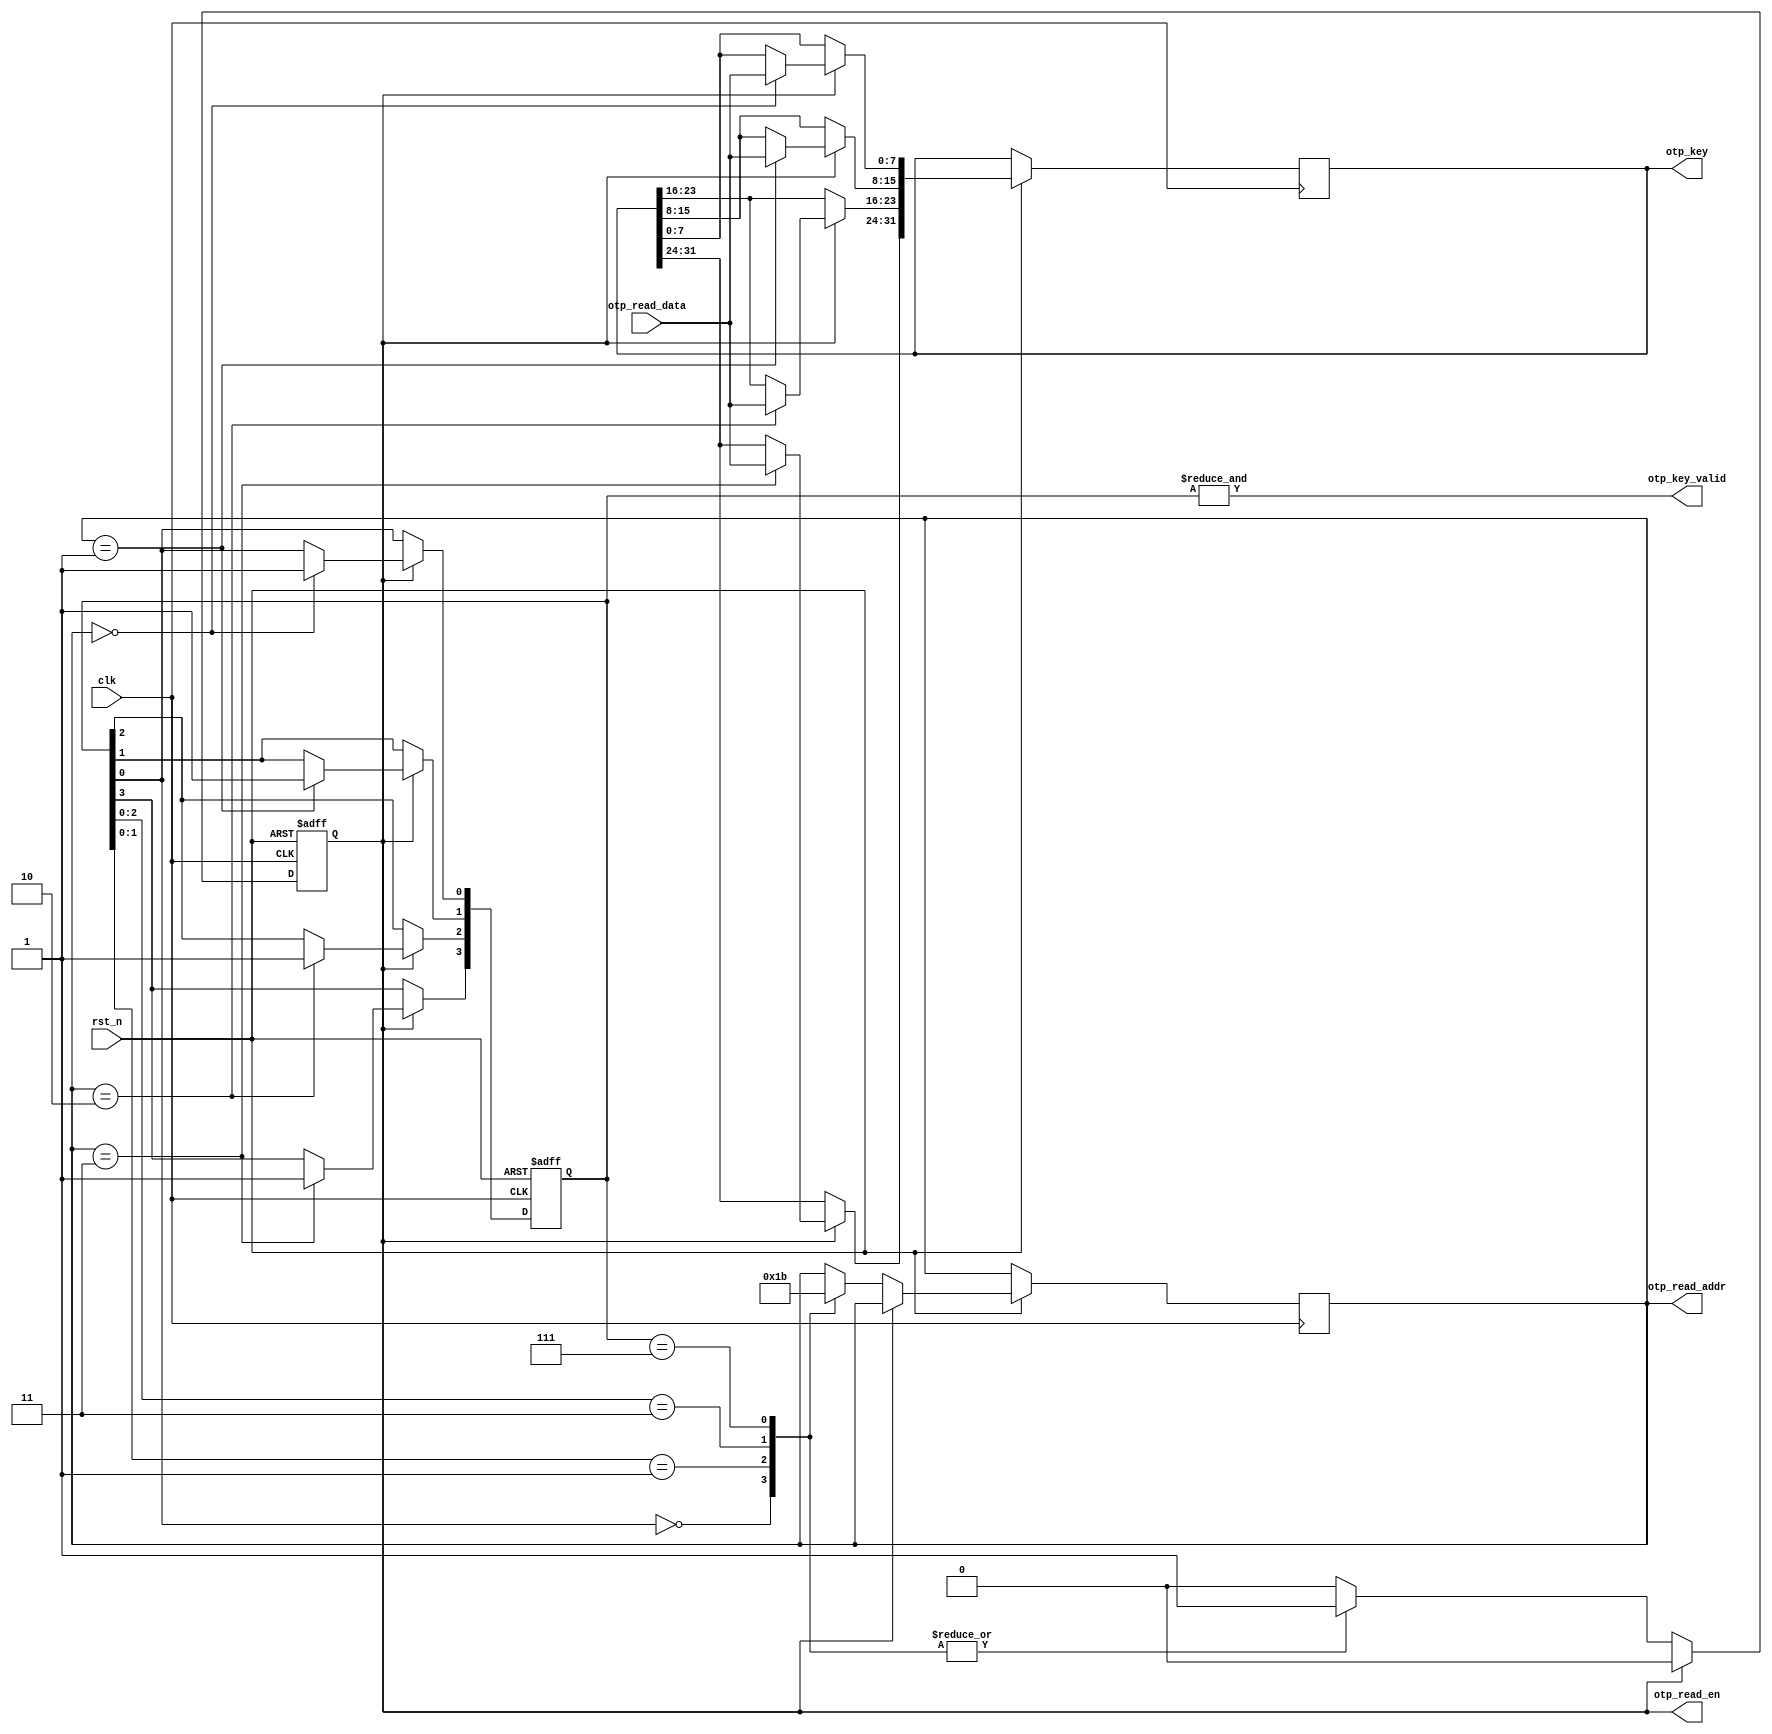
module otp_load (
  input clk, rst_n,

  output [31:0] otp_key,
  output otp_key_valid,

  output reg otp_read_en,
  output reg [1:0] otp_read_addr,
  input [7:0] otp_read_data
);

  reg [3:0] key_valid;
  reg [31:0] key;
  
  assign otp_key = key;
  assign otp_key_valid = (&key_valid);

  always @(posedge clk or negedge rst_n) begin
    if (!rst_n) begin
      key_valid <= 4'b0000;
      otp_read_en <= 1'b0;
    end else begin
      if (otp_read_en) begin
        case (otp_read_addr)
          2'd0: begin
            key_valid[0] <= 1'b1;
            key[7:0] <= otp_read_data;
          end
          2'd1: begin
            key_valid[1] <= 1'b1;
            key[15:8] <= otp_read_data;
          end
          2'd2: begin
            key_valid[2] <= 1'b1;
            key[23:16] <= otp_read_data;
          end
          2'd3: begin
            key_valid[3] <= 1'b1;
            key[31:24] <= otp_read_data;
          end
        endcase
        otp_read_en <= 1'b0;
      end else begin
        casex (key_valid)
          4'bxxx0: begin
            otp_read_en <= 1'b1;
            otp_read_addr <= 2'd0;
          end
          4'bxx01: begin
            otp_read_en <= 1'b1;
            otp_read_addr <= 2'd1;
          end
          4'bx011: begin
            otp_read_en <= 1'b1;
            otp_read_addr <= 2'd2;
          end
          4'b0111: begin
            otp_read_en <= 1'b1;
            otp_read_addr <= 2'd3;
          end
        endcase
      end
    end
  end

endmodule